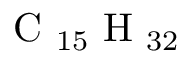
\mathrm { ~ C ~ } _ { 1 5 } \mathrm { ~ H ~ } _ { 3 2 }